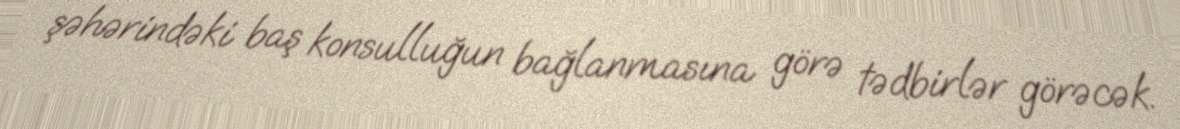
şəhərindəki baş konsulluğun bağlanmasına görə tədbirlər görəcək.